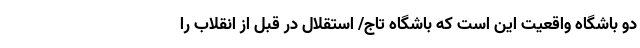
دو باشگاه واقعیت این است که باشگاه تاج/ استقلال در قبل از انقلاب را